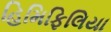
હિમિફિલિયા